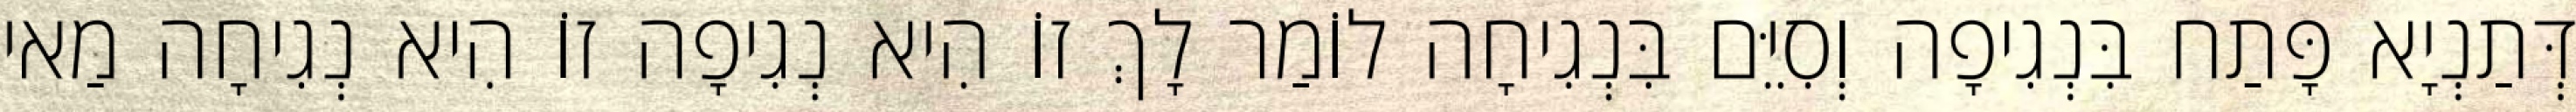
דְּתַנְיָא פָּתַח בִּנְגִיפָה וְסִיֵּם בִּנְגִיחָה לוֹמַר לָךְ זוֹ הִיא נְגִיפָה זוֹ הִיא נְגִיחָה מַאי